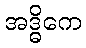
အဒ္ဓိကေ